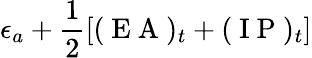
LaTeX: \epsilon_{a}+\frac{1}{2}[(\mathrm{~E~A~})_{t}+(\mathrm{~I~P~})_{t}]